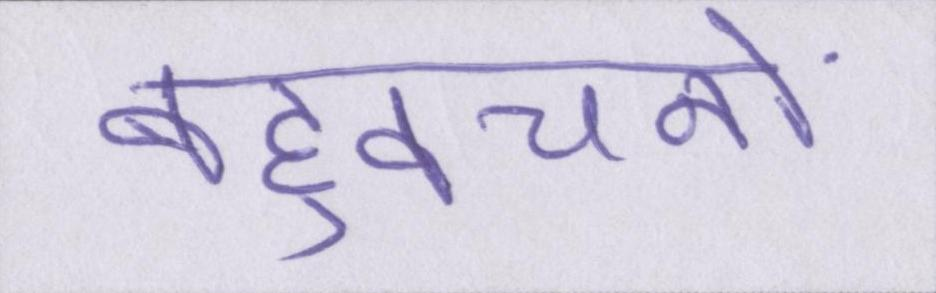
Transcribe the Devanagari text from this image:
बहुवचनों